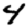
Digit: 4